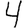
Digit: 4